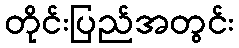
တိုင်းပြည်အတွင်း